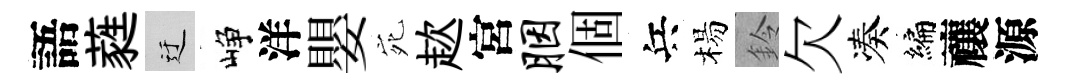
語蕤迂峥洋嬰宛趑宮胭個兵楊鈴欠凑編禳源